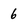
Character: 6